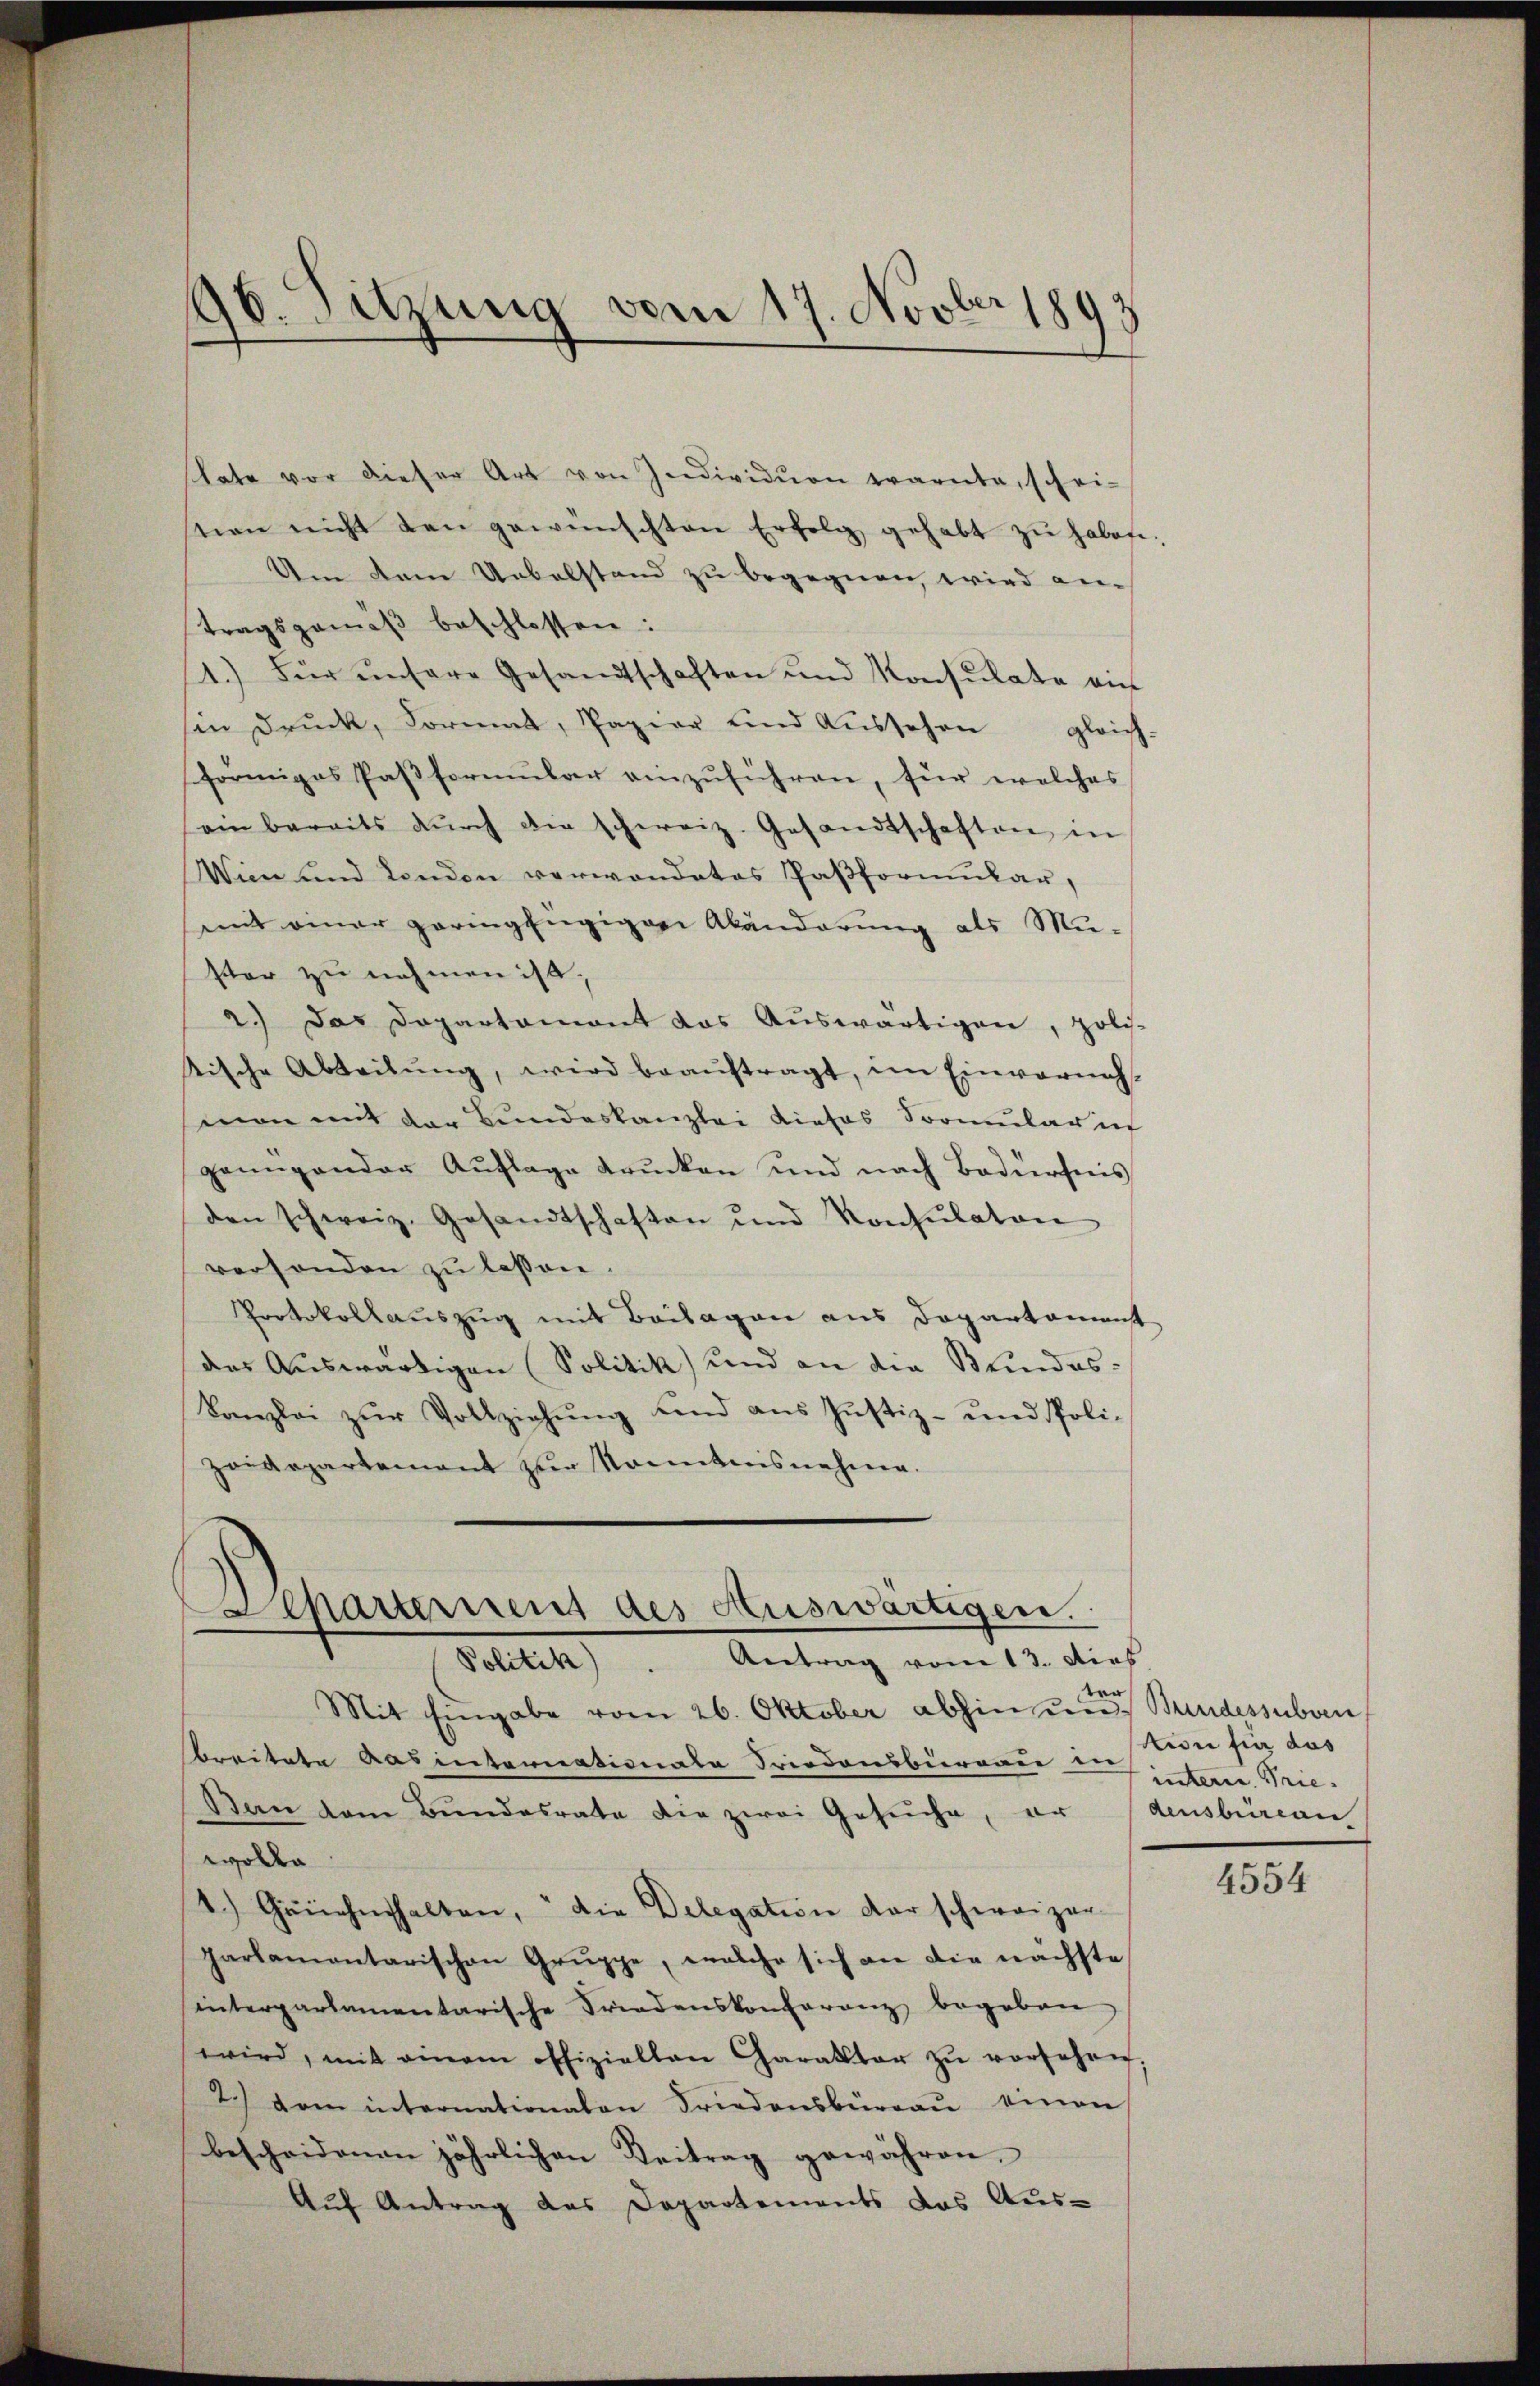
tate vor dieser Art von Individuen warnte, schei-
seien nicht den gewünschten Erfolg gehabt zŭ habofi-
Um dem Uebelstand zu begegnen, wird an
tragsgemäβ beschlossen:
1.) Für ŭnsere Gesandtschaften und Konsulate ein
sin Druck, Formal, Papier und Aussehen gleich
förmiges Paβformŭlar einzŭführen, für welches
sein bereits dŭrch die schweiz. Gesandtschaften in
Wien und London verwandetes Paßformular,
mit einer geringfügigen Abänderung als Mu-
ster zu nehmen ist,
2.) Das Departamant das Aŭswärtigen, polis-
tische Abteilŭng, wird beaŭftragt, im Einverneh-
mnon mit der Bundeskanzlei dieses Formular in
genügender Aŭflage drŭcken und nach Badiersreis
den schweiz. Gesandtschaften und Konsulaton
versonden zu lassen.
Protokollauszug mit Beilagen aus Departament
das Auswärtigen Politik und an die Bundes-
Kanzlei zŭr Vollziehŭng und ans Justiz- und Poli-
Zoidepartement zur Kenntnisnehme.
hartement des Auswärtigen.

196. Sitzung vom 17. Novber 1893

Antrag vom 13. dies
Politik)

Mit Eingabe vom 26. Oktober abhin um Bundessubven
beritete Aarenternationale Friedensbureau ein
Ban kam Bundesrate die zwei Gesuche, er densbureau
wolle
2.) Geücherhalten, die Delegation der schweizer
parlamentarischen Gruppe, welche sich an die nächste
interparlamentarische Friedenskonferenz begeben
wird, mit einem offiziellen Charakter zŭ versehen,
2.) Dem internationalen Friedensburgau einen
bescheidenen jährlichen Beitrag gewähren.
Auf Antrag des Departements das Aus¬

ver
tion für das
intern. Prie¬

4554